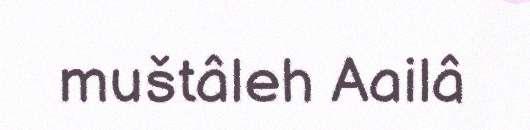
muštâleh Aailâ